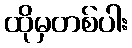
ထိုမှတစ်ပါး